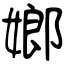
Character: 嫏